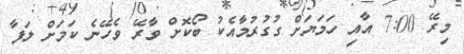
މިރޭ 7:00 އާއި ހަމަޔަށް ގުގުރުމާއެކު ބޯކޮށް ވާރޭ ވެހޭނެ ކަމަށް ލަފާ